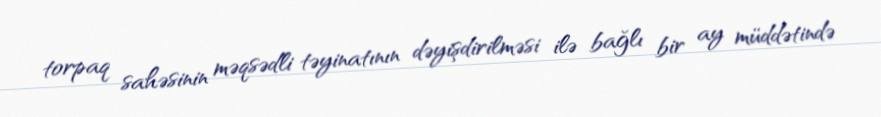
torpaq sahəsinin məqsədli təyinatının dəyişdirilməsi ilə bağlı bir ay müddətində